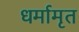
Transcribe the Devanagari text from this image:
धर्मामृत